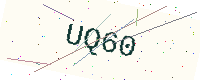
Text: UQ60